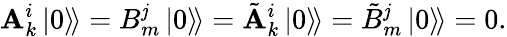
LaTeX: \mathbf{A}_{k}^{i}\left.\left|0\right\rangle\! \right\rangle=B_{m}^{\mathit{j}}\left.\left|0\right\rangle\! \right\rangle=\tilde{{\mathbf{A}}}_{k}^{i}\left.\left|0\right\rangle\! \right\rangle=\tilde{{B}}_{m}^{\mathit{j}}\left.\left|0\right\rangle\! \right\rangle=0.